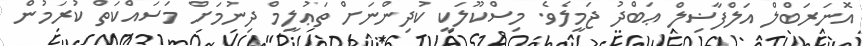
އޮނަރަބްލް އަލްފާޟިލް ޢަބްދު ޖަމީލެވެ. މިސްކޫލަކީ ކުދިންނަށް ތަޢުލީމް ދިނުމަށް މަސައްކަތް ކުރަމުން